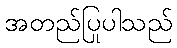
အတည်ပြုပါသည်